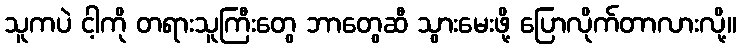
သူကပဲ ငါ့ကို တရားသူကြီးတွေ ဘာတွေဆီ သွားမေးဖို့ ပြောလိုက်တာလားလို့။